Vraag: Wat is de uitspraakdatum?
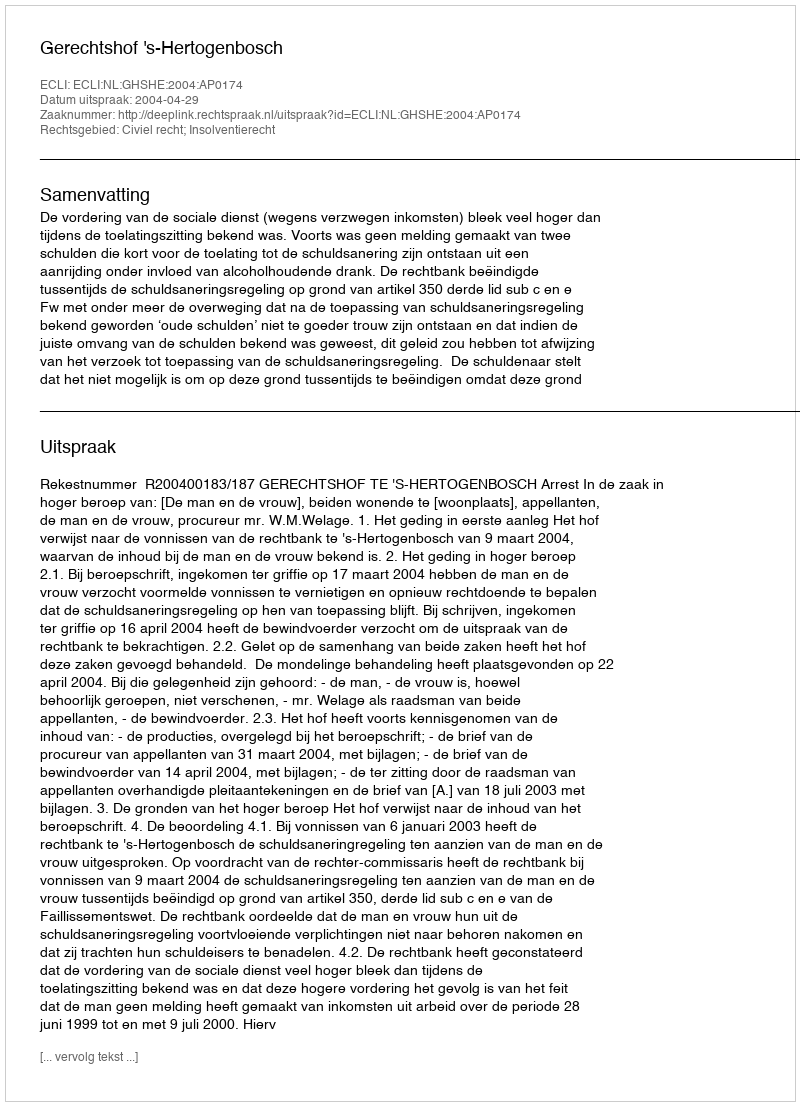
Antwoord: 2004-04-29